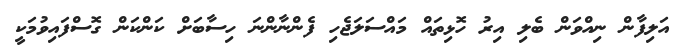
އަލިފާން ނިއްވަން ބެލި އިރު ހޮޅިތައް މައްސަލަޖެހި ފެންނާންނަ ހިސާބަށް ކަންކަން ގޮސްފައިވުމަކީ